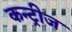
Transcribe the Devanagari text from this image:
कन्ट्रीज